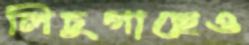
লিচুগাছেও